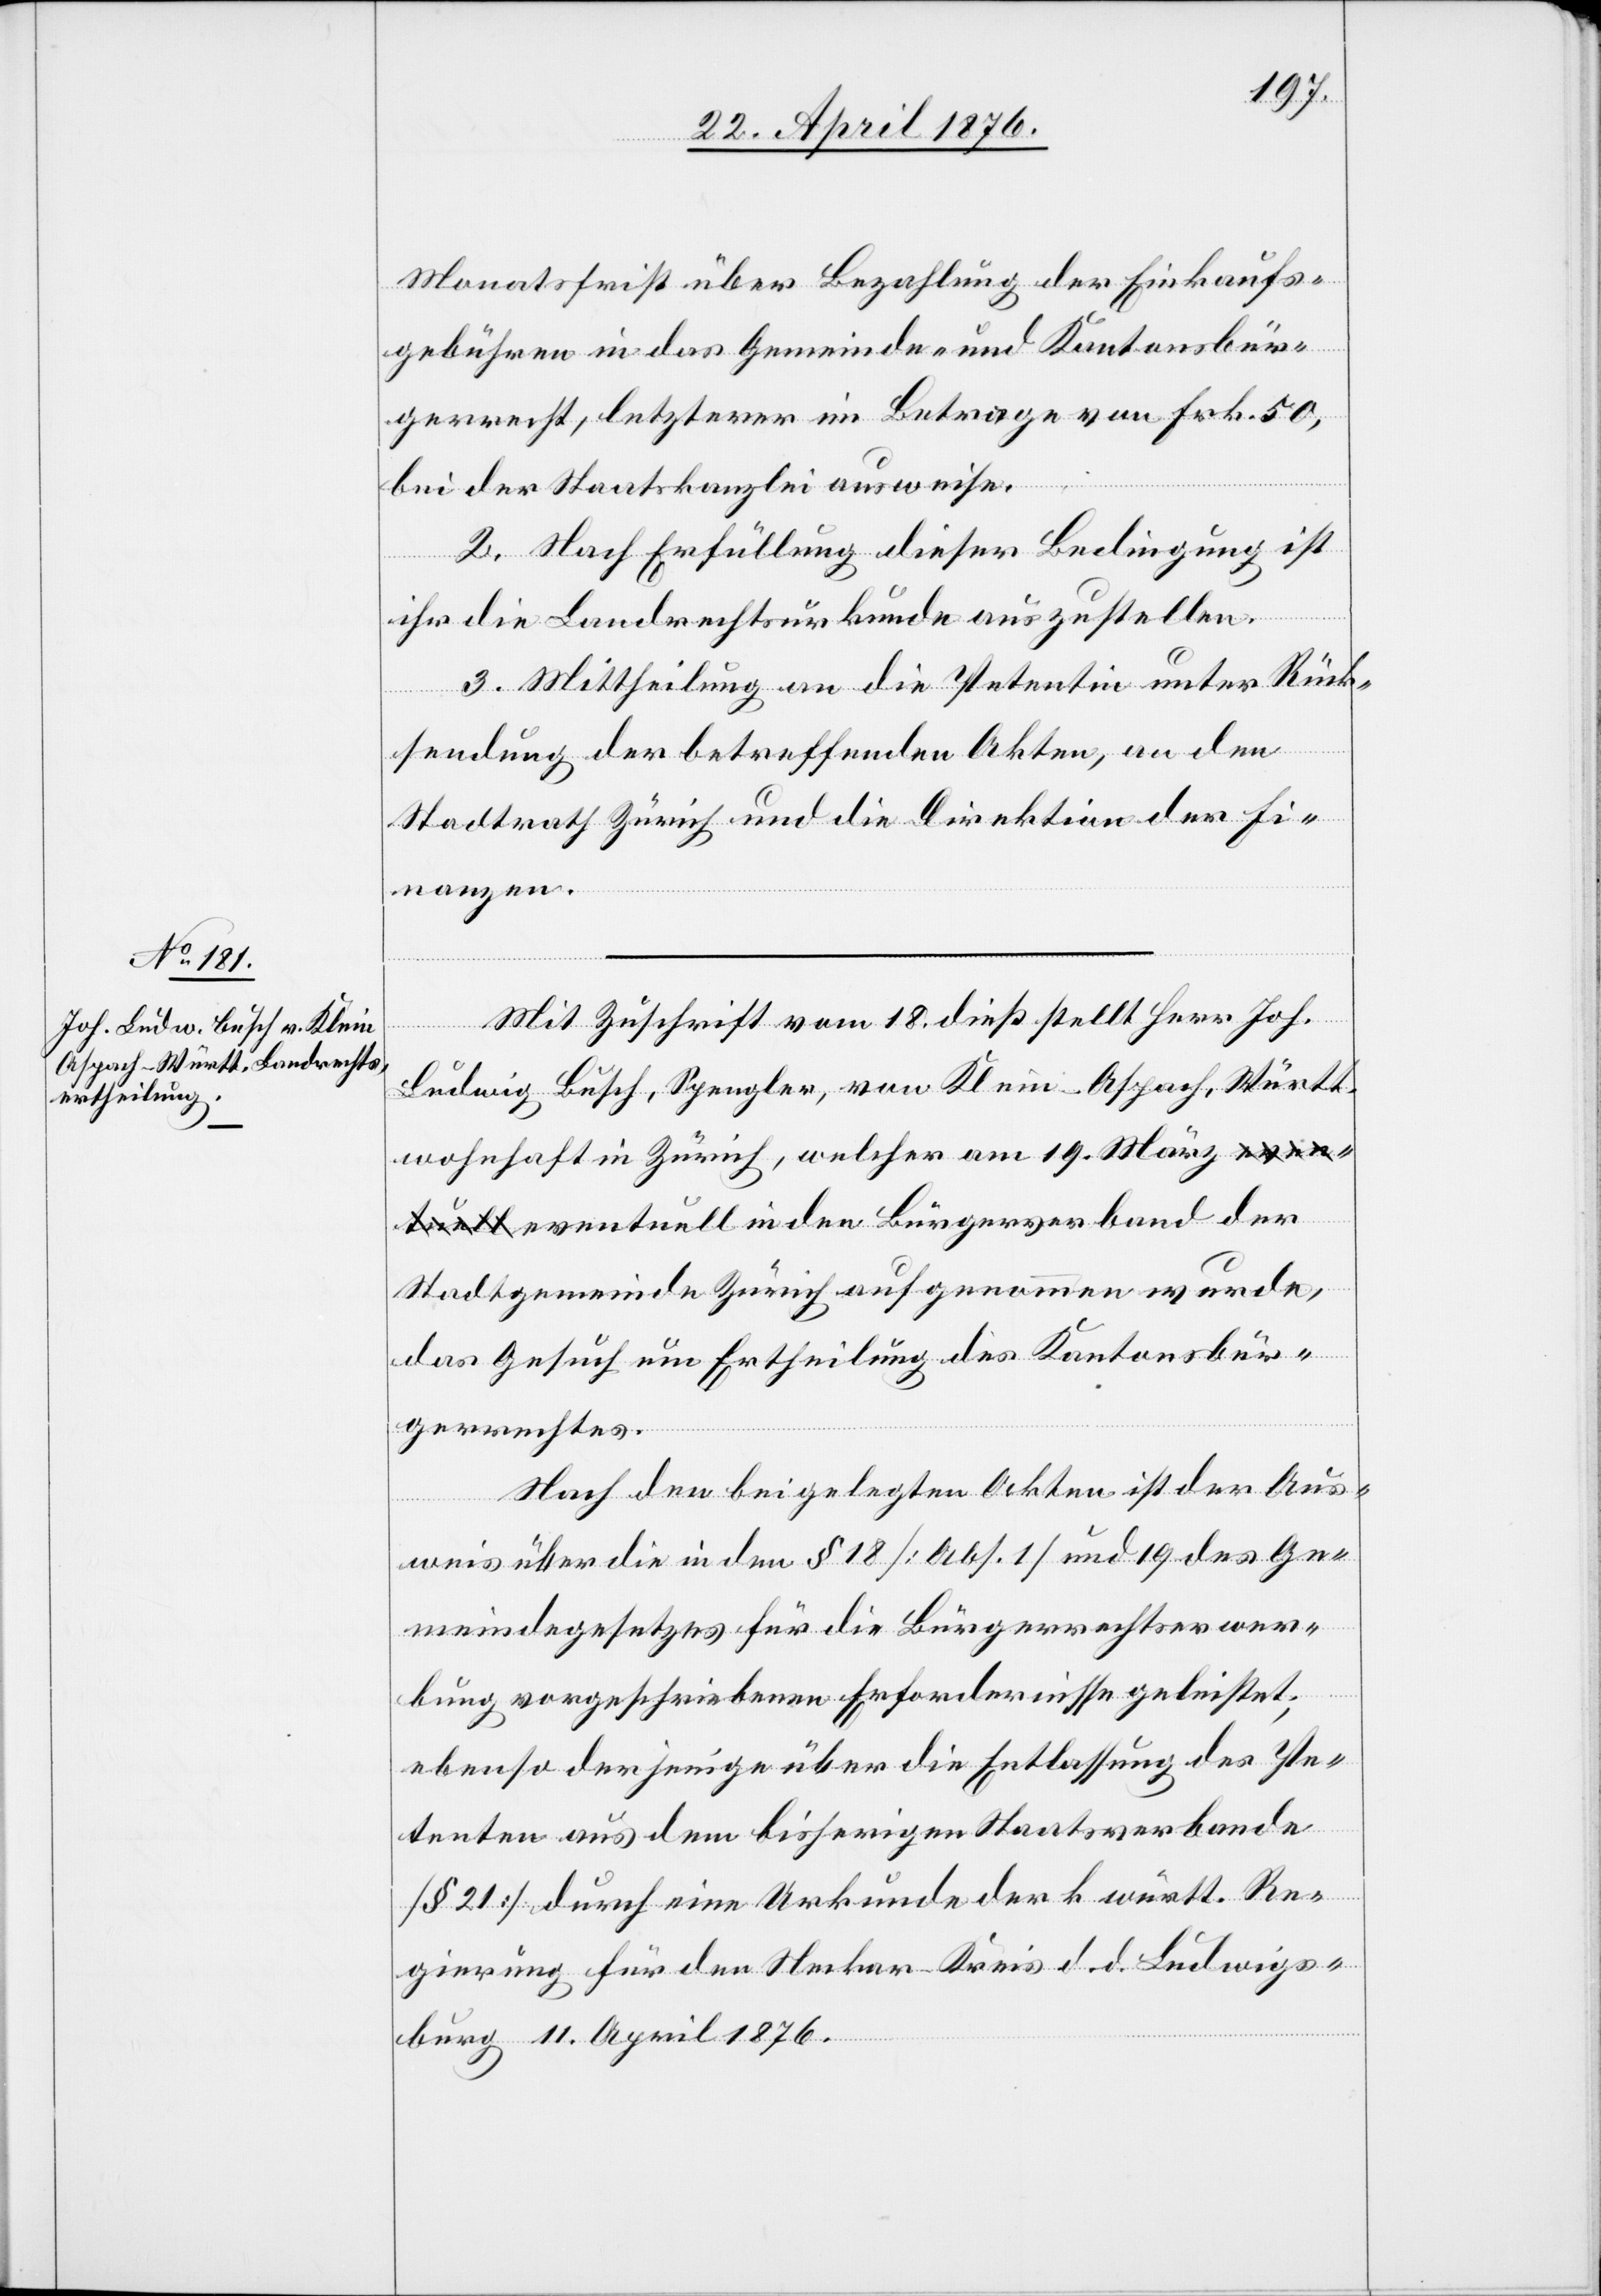
Monatsfrist über Bezahlung der Einkaufs¬
gebühren in das Gemeinde- und Kantonsbür¬
gerrecht, letzterer im Betrage von Frk. 50,
bei der Staatskanzlei ausweise.
2. Nach Erfüllung dieser Bedingung ist
ihr die Landrechtsurkunde auszustellen.
3. Mittheilung an die Petentin unter Rück¬
sendung der betreffenden Akten, an den
Stadtrath Zürich und an die Direktion der Fi¬
nanzen.
Mit Zuschrift vom 18. dieß stellt Herr Joh.
Ludwig Busch, Spengler, von Klein-Aspach, Württ.
wohnhaft in Zürich, welcher am 19. März e¬
ventuell in den Bürgerverband der
Stadtgemeinde Zürich aufgenommen wurde,
das Gesuch um Ertheilung des Kantonsbür¬
gerrechtes.
Nach den beigelegten Akten ist der Aus¬
weis über die in den §[§] 18 [Abs. 1] und 19 des Ge¬
meindegesetzes für die Bürgerrechtserwer¬
bung vorgeschriebenen Erfordernisse geleistet;
ebenso derjenige über die Entlassung des Pe¬
tenten aus dem bisherigen Staatsverbande
[§ 21] durch eine Urkunde der k. württ. Re¬
gierung für den Neckar-Kreis d. d. Ludwigs¬
burg 11. April 1876.